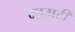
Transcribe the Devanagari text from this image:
मामूटी